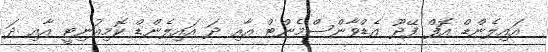
އައިލެންޑް އޮފް ފޭދޫ އެޑްވާންސްމެންޓް އާއި ދަ އައިލެންޑް ކޮމިއުނިޓީ އާއި ދަ